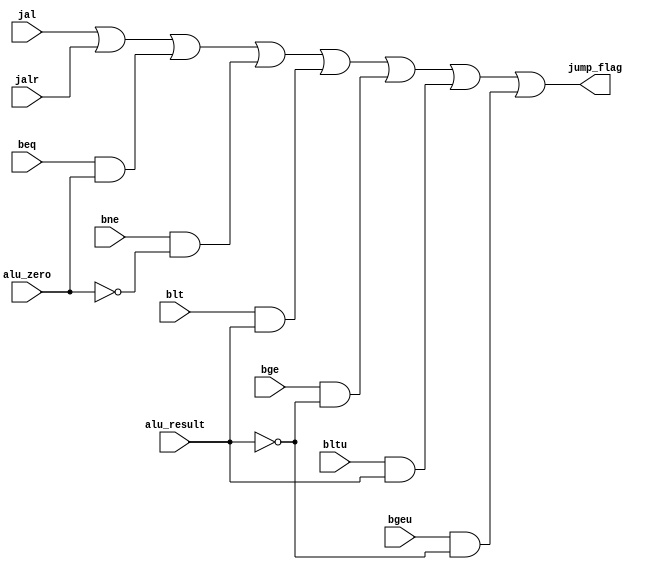
`timescale 1ns / 1ps
//////////////////////////////////////////////////////////////////////////////////
// Company:
// Engineer:
//
// Design Name:
// Module Name: branch_judge
// Project Name:
// Target Devices:
// Tool Versions:
// Description:
//
// Dependencies:
//
// Revision:
// Revision 0.01 - File Created
// Additional Comments:
//
//////////////////////////////////////////////////////////////////////////////////


module branch_judge(
    input beq,
    input bne,
    input blt,
    input bge,
    input bltu,
    input bgeu,
    input jal,
    input jalr,
    input alu_zero,
    input alu_result,
    output jump_flag
  );
  assign jump_flag = jal |
         jalr|
         (beq && alu_zero) |
         (bne && (!alu_zero)) |
         (blt && alu_result) |
         (bge && (!alu_result)) |
         (bltu && alu_result) |
         (bgeu && (!alu_result));
endmodule